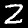
Digit: 2